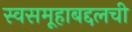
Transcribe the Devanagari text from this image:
स्वसमूहाबद्दलची